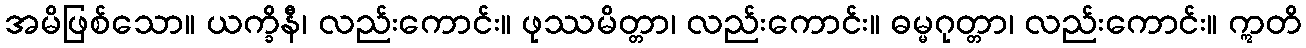
အမိဖြစ်သော။ ယက္ခိနီ၊ လည်းကောင်း။ ဖုဿမိတ္တာ၊ လည်းကောင်း။ ဓမ္မဂုတ္တာ၊ လည်းကောင်း။ ဣတိ